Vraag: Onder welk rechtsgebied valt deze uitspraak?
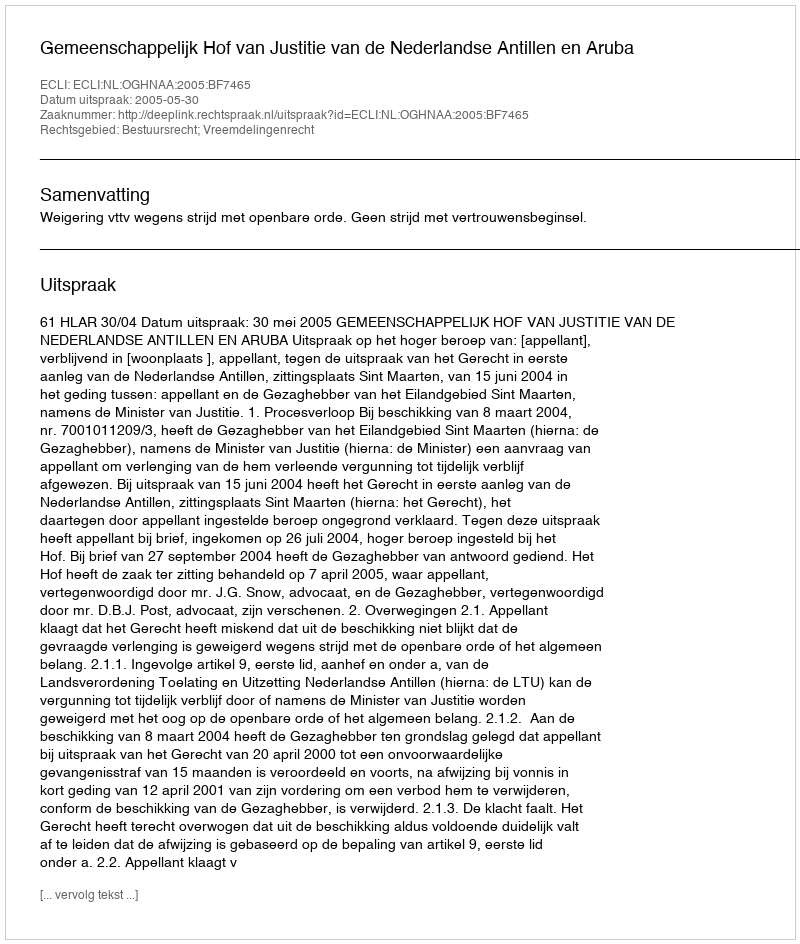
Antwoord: Bestuursrecht; Vreemdelingenrecht